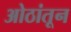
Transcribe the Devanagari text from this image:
ओठांतून